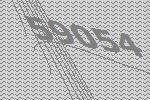
59054